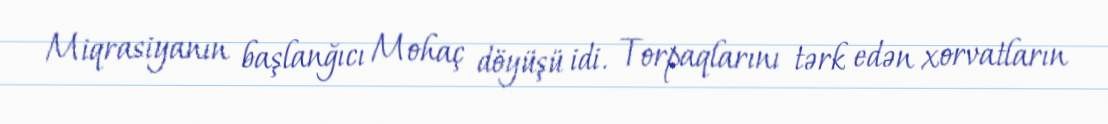
Miqrasiyanın başlanğıcı Mohaç döyüşü idi. Torpaqlarını tərk edən xorvatların